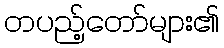
တပည့်တော်များ၏